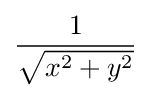
{\frac {1}{\sqrt {x^{2}+y^{2}}}}